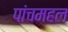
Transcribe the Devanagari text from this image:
पांचमहल